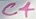
Text: C4